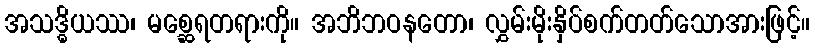
အသဒ္ဓိယဿ၊ မစ္ဆေရတရားကို။ အဘိဘဝနတော၊ လွှမ်းမိုးနှိပ်စက်တတ်သောအားဖြင့်။